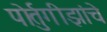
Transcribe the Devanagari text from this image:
पोर्तुगीझांचे